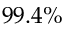
9 9 . 4 \%